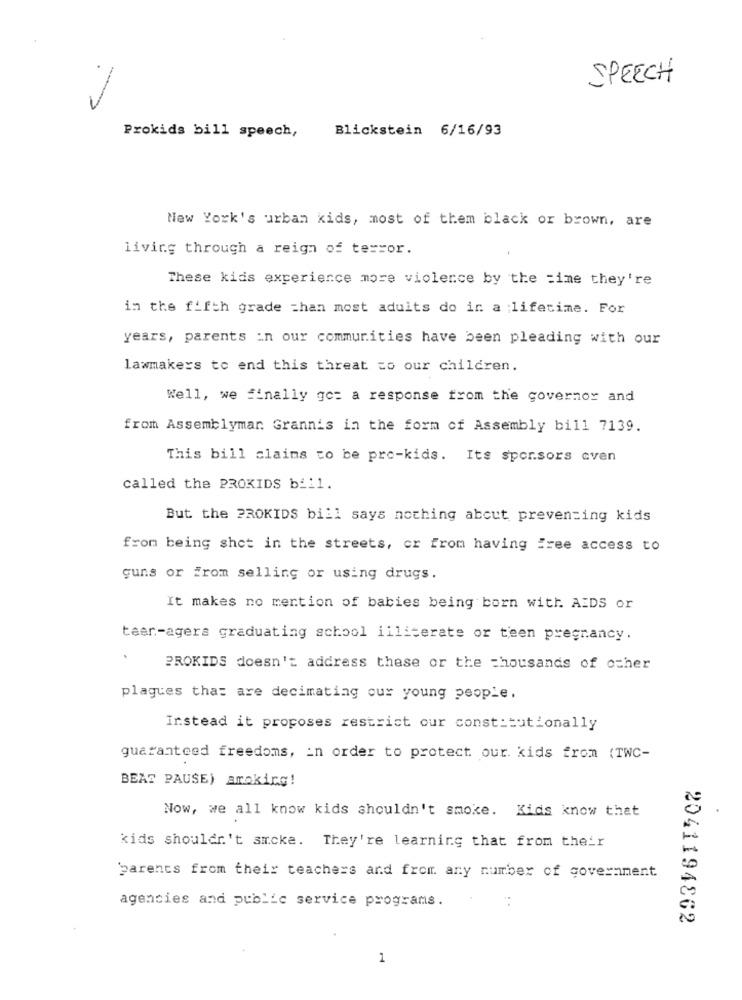
SPEECH
--
Blickstein 6/16/93
Prokids bill speech,
New York's urban kids, most of them black or brown, are
living through a reign of terror.
These kids experience more violence by the =ime they're
in the fifth grade =han most aduits do in a lifetime. For
years, parents in our communities have been pleading with our
lawmakers to end this threat to our children.
Well, we finally go= a response from the governor and
from Assemblymar Grannis in the form of Assembly bill 7139.
This bill claims to be pro-kids. Its spor.sors even
called the PROKIDS bill.
But the PROKIDS bill says nothing about preventing kids
from being shot in the streets, or from having Free access to
guns or from selling or using drugs.
It makes no mention of babies being born with AIDS or
taar-agera graduating school illiterate or teen pregnancy.
PROKIDS doesn't address these or the thousands of other
plagues that are decimating our young people.
Instead it proposes restrict our constitutionally
guaranteed freedoms, in order to protect our kids from (IWC-
BEAT PAUSE) aroking!
Now, we all know kids shouldn't smoke. Kids know that
kids shouldn't smoke. They're learning that from their
parents from their teachers and from any number of government
agencies and public service programs.
2041194862
1